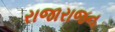
રાજારાજન